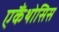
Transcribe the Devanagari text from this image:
एकैंथोसिस